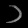
Digit: ၁